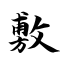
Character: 敷